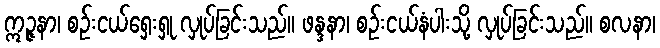
ဣဉ္ဇနာ၊ စဉ်းငယ်ရှေးရှု လှုပ်ခြင်းသည်။ ဖန္ဒနာ၊ စဉ်းငယ်နံပါးသို့ လှုပ်ခြင်းသည်။ စလနာ၊